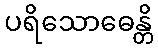
ပရိသောဓေန္တိ